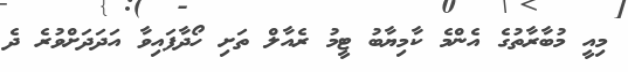
މިއީ މުބާރާތުގެ އެންމެ ކާމިޔާބު ޓީމު ރެއާލް ތަށި ހޯދާފައިވާ އަދަދަށްވުރެ ދެ